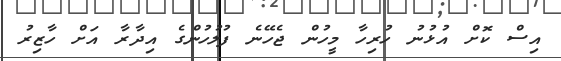
އިސް ކޮށް އުޅުނު ހުރިހާ މީހުން ޖެހޭނެ ފުލުހުންގެ އިދާރާ އަށް ހާޒިރު